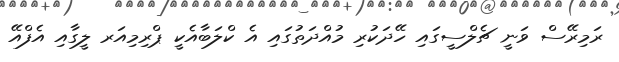
ރަމިރޭސް ވަނީ ޗެލްސީގައި ހޭދަކުރި މުއްދަތުގައި އެ ކްލަބާއެކީ ޕްރިމިއަރ ލީގާއި އެފްއޭ